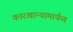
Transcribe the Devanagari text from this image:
कारखान्यामार्फत